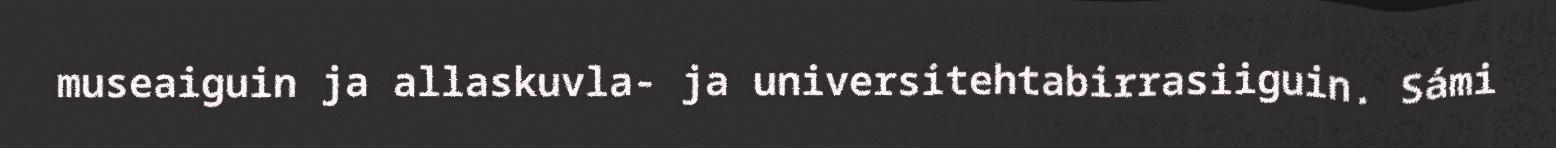
museaiguin ja allaskuvla- ja universitehtabirrasiiguin. Sámi